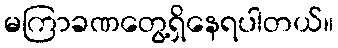
မကြာခဏတွေ့ရှိနေရပါတယ်။